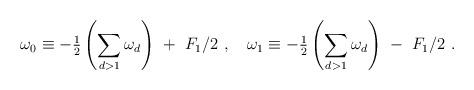
LaTeX: \begin{align*}\omega_0 \equiv - {{\textstyle\frac{1}{2}}}\left({\displaystyle\sum_{d>1} \omega_d} \right) \ + \ F_1/2 \ ,\quad\omega_1 \equiv - {{\textstyle\frac{1}{2}}}\left({\displaystyle\sum_{d>1} \omega_d} \right) \ - \ F_1/2 \ .\end{align*}